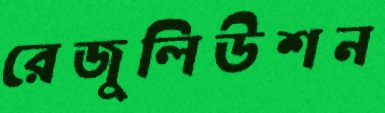
রেজুলিউশন